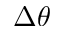
\Delta \theta